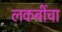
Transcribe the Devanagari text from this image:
लकबींचा